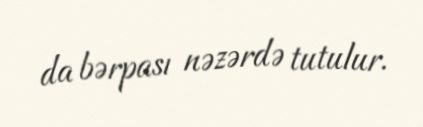
da bərpası nəzərdə tutulur.